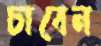
চাবেন